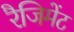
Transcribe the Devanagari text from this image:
रैजिमेंट